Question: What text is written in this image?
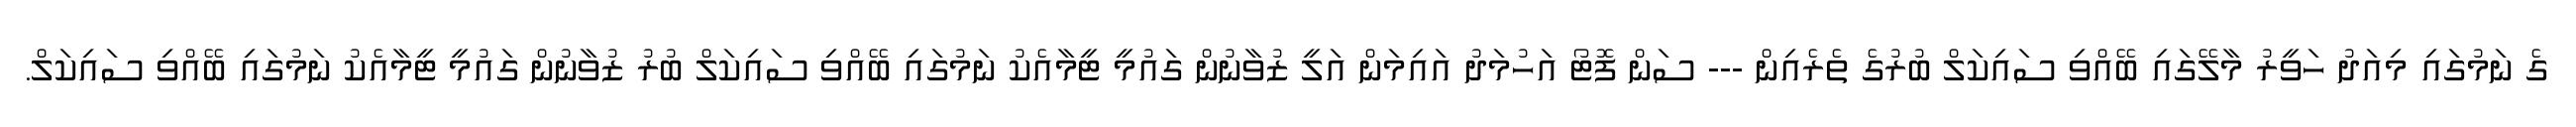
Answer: ގެ ނަމުގައި މިއަދު ހަވީރު މާލޭގައި ބޭއްވި ސައިކަލް ބުރުގެ ތެރެއިން --- ސަން ފޮޓޯ އަހުމަދު އައިމަން އަލީ ޒުވާނުން ގައުމީ ޓީމާއެކު ނަމުގައި ބޭއްވި ސައިކަލް ބުރު ޒުވާނުން ގައުމީ ޓީމާއެކު ނަމުގައި ބޭއްވި ސައިކަލް.